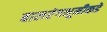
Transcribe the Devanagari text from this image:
बालरंगभूमीकडे